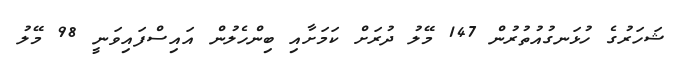
ޝަހަރުގެ ހުޅަނގުއުތުރުން 147 މޭލު ދުރަށް ކަމަށާއި ބިންހެލުން އައިސްފައިވަނީ 98 މޭލު